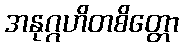
အနုဂ္ဂဟိတစိတ္တော